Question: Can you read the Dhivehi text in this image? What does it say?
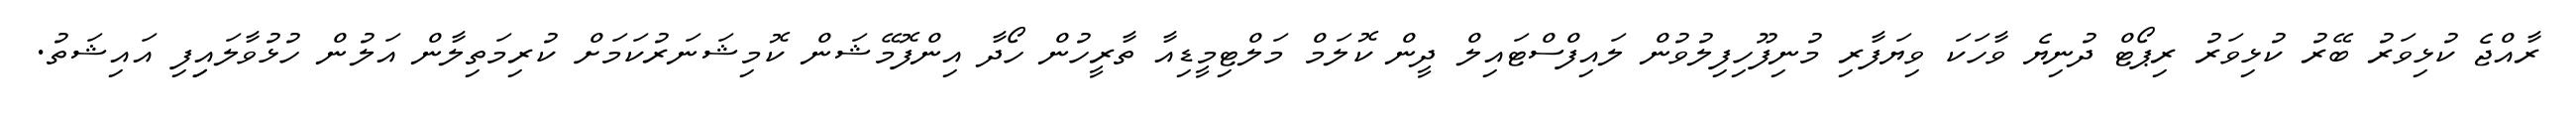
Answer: ރާއްޖެ ކުޅިވަރު ބޭރު ކުޅިވަރު ރިޕޯޓް ދުނިޔެ ވާހަކަ ވިޔަފާރި މުނިފޫހިފިލުވުން ލައިފްސްޓައިލް ދީން ކޮލަމް މަލްޓިމީޑިއާ ތާރީހުން ހޯދާ އިންފޮމޭޝަން ކޮމިޝަނަރުކަމަށް ކުރިމަތިލާން އަލުން ހުޅުވާލައިިފި އައިޝަތު.